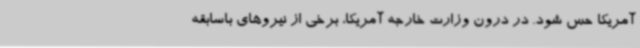
آمریکا حس شود. در درون وزارت خارجه آمریکا، برخی از نیروهای باسابقه